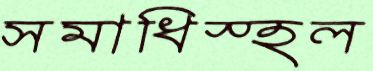
সমাধিস্হল